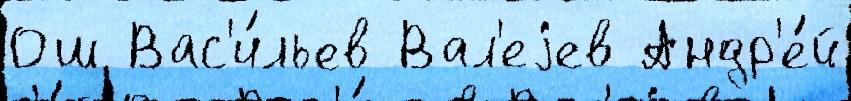
Ош Вас'и́льев Вал'еjев Андр'е́й